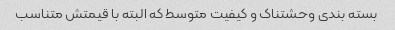
بسته بندی وحشتناک و کیفیت متوسط که البته با قیمتش متناسب